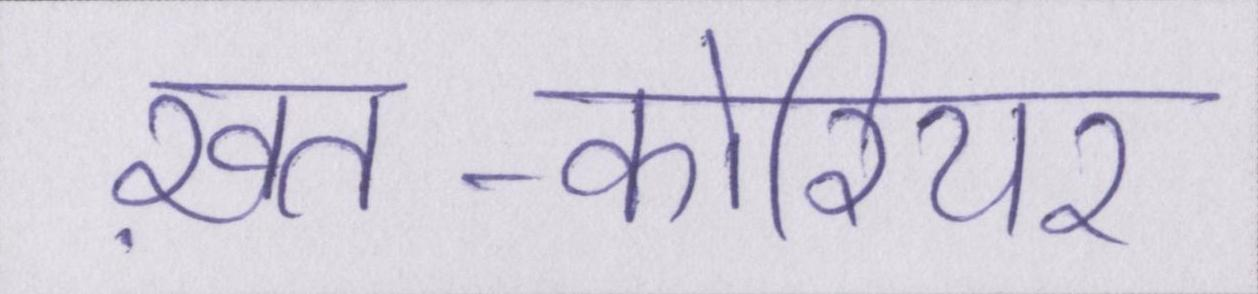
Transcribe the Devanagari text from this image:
ख़त-कोरियर